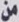
من